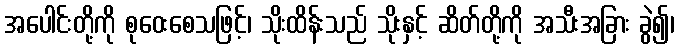
အပေါင်းတို့ကို စုဝေးစေသဖြင့်၊ သိုးထိန်းသည် သိုးနှင့် ဆိတ်တို့ကို အသီးအခြား ခွဲ၍၊